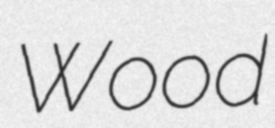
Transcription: Wood